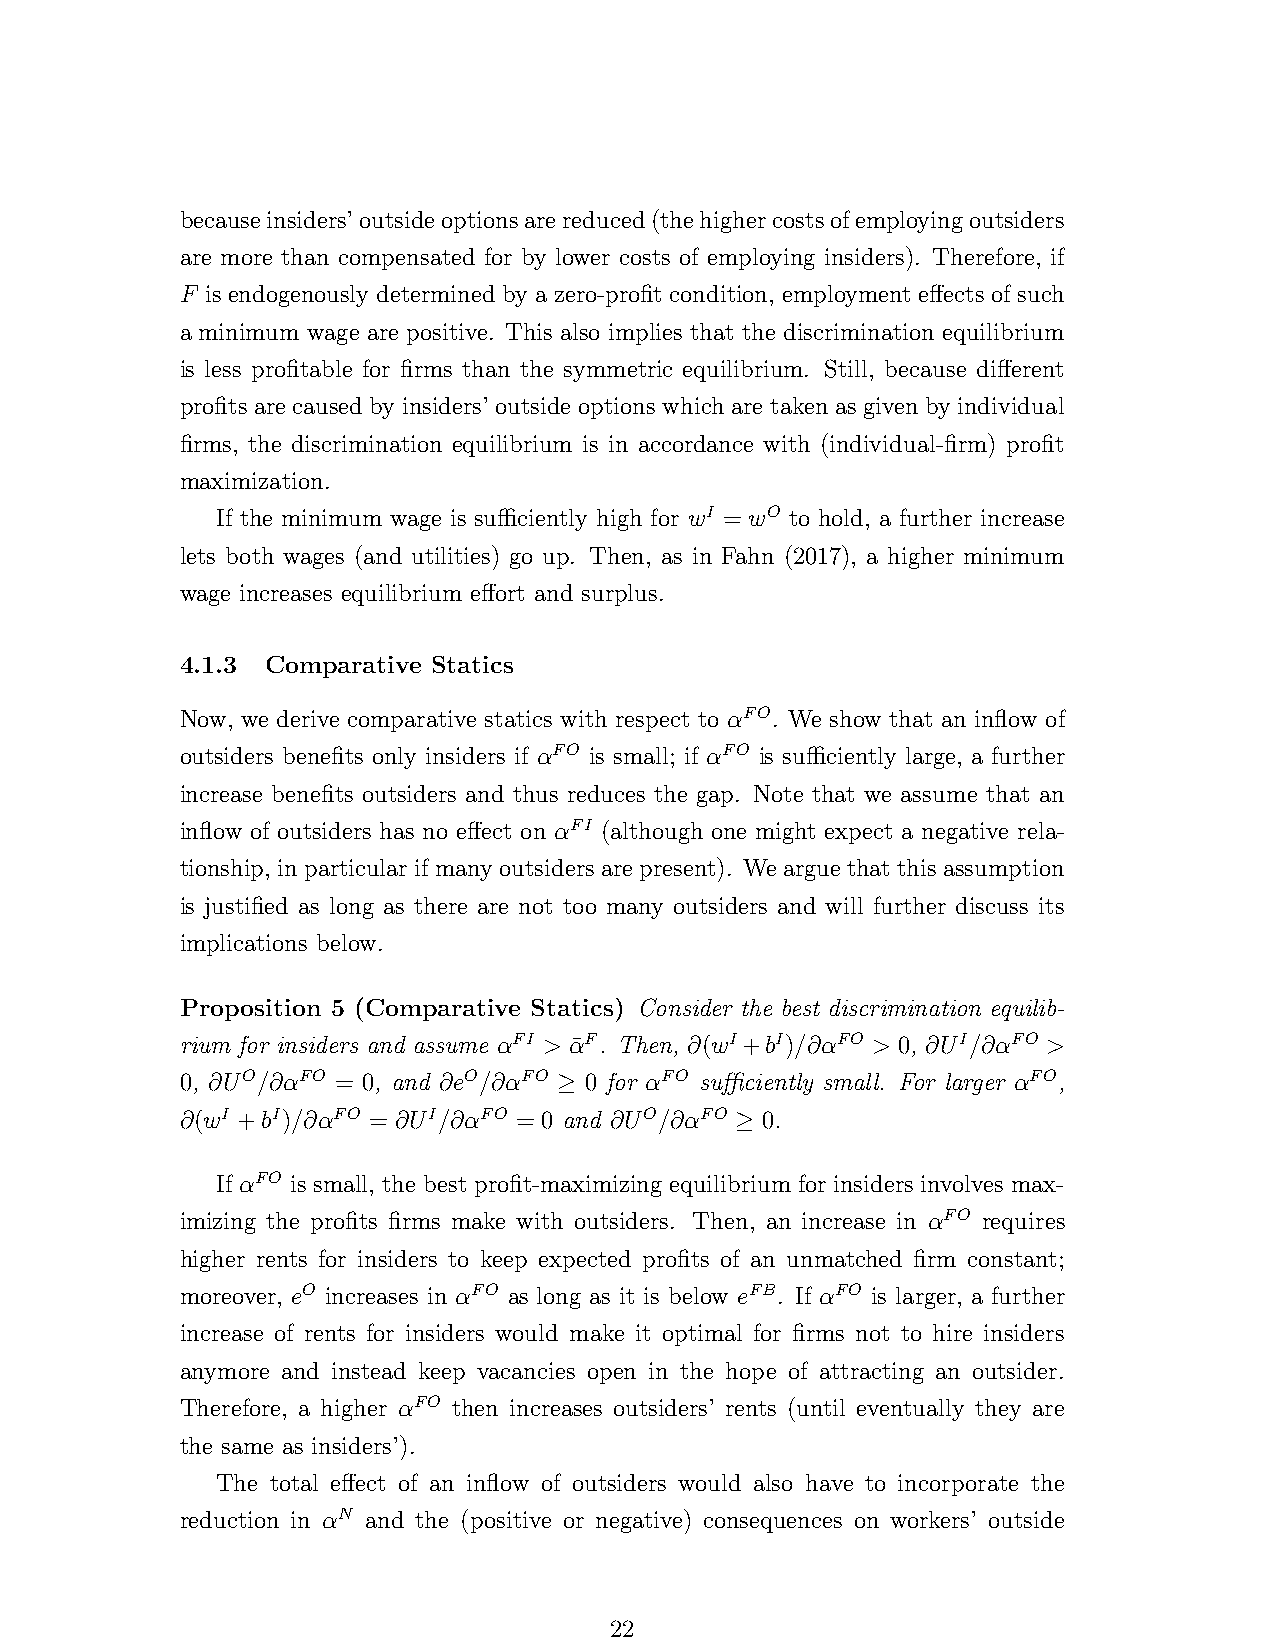
becauseinsiders’outsideoptionsarereduced(thehighercostsofemployingoutsiders
 are more than compensated for by lower costs of employing insiders). Therefore, if
 F is endogenously determined by a zero-profit condition, employment effects of such
 a minimum wage are positive. This also implies that the discrimination equilibrium
 is less profitable for firms than the symmetric equilibrium. Still, because different
 profits are caused by insiders’ outside options which are taken as given by individual
 firms, the discrimination equilibrium is in accordance with (individual-firm) profit
 maximization.
 If the minimum wage is sufficiently high for wI = wO to hold, a further increase
 lets both wages (and utilities) go up. Then, as in Fahn (2017), a higher minimum
 wage increases equilibrium effort and surplus.
 4.1.3 Comparative Statics
 Now, we derive comparative statics with respect to αFO. We show that an inflow of
 outsiders benefits only insiders if αFO is small; if αFO is sufficiently large, a further
 increase benefits outsiders and thus reduces the gap. Note that we assume that an
 inflow of outsiders has no effect on αFI (although one might expect a negative rela-
 tionship, inparticularifmanyoutsidersarepresent). Wearguethatthisassumption
 is justified as long as there are not too many outsiders and will further discuss its
 implications below.
 Proposition 5 (Comparative Statics) Consider the best discrimination equilib-
 rium for insiders and assume αFI > α¯F. Then, ∂(wI+bI)/∂αFO > 0, ∂UI/∂αFO >
 0, ∂UO/∂αFO = 0, and ∂eO/∂αFO ≥ 0 for αFO sufficiently small. For larger αFO,
 ∂(wI +bI)/∂αFO = ∂UI/∂αFO = 0 and ∂UO/∂αFO ≥ 0.
 If αFO is small, the best profit-maximizing equilibrium for insiders involves max-
 imizing the profits firms make with outsiders. Then, an increase in αFO requires
 higher rents for insiders to keep expected profits of an unmatched firm constant;
 moreover, eO increases in αFO as long as it is below eFB. If αFO is larger, a further
 increase of rents for insiders would make it optimal for firms not to hire insiders
 anymore and instead keep vacancies open in the hope of attracting an outsider.
 Therefore, a higher αFO then increases outsiders’ rents (until eventually they are
 the same as insiders’).
 The total effect of an inflow of outsiders would also have to incorporate the
 reduction in αN and the (positive or negative) consequences on workers’ outside
 22